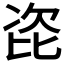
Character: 𭯎